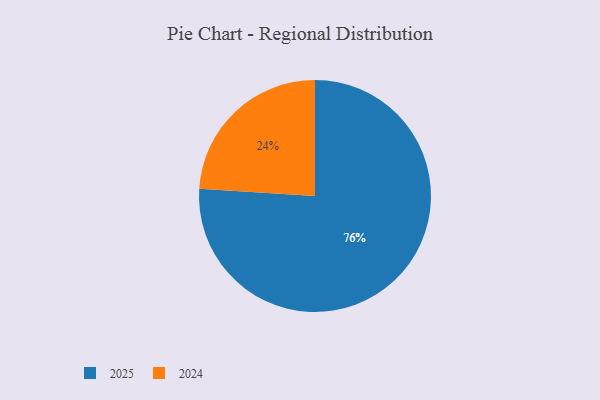
{"axis": {"x": "Category", "y": "Percentage"}, "legend": ["2024", "2025"], "data": [{"x": "2025", "y": 76, "type": "2025"}, {"x": "2024", "y": 24, "type": "2024"}]}